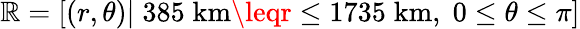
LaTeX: \mathbb{R}=\left[\left(r,\theta\right)|\; 385\; \mathrm{{km}}\leqr\leq1735\; \mathrm{{km}},\; 0\leq\theta\leq\pi\right]